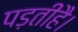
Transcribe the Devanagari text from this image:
पड़तीहै।